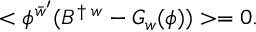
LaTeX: < \phi ^ { \bar { w } ^ { \prime } } ( B ^ { \dagger \; w } - G _ { w } ( \phi ) ) > = 0 .